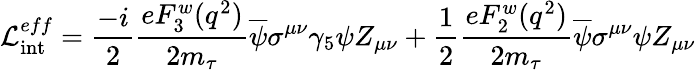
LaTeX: {\cal L}_{\mathrm{int}}^{eff}=\frac{-i}{2}\frac{e{F_{3}^{w}(q^{2})}}{2m_{\tau}}\overline{{{\psi}}}\sigma^{\mu\nu}\gamma_{5}\psi Z_{\mu\nu}+\frac{1}{2}\frac{e{F_{2}^{w}(q^{2})}}{2m_{\tau}}\overline{{{\psi}}}\sigma^{\mu\nu}\psi Z_{\mu\nu}